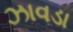
ઝાવડા